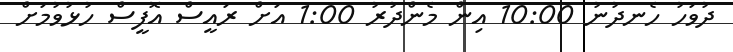
ދުވަހު ހެނދުނު 10:00 އިން މެންދުރު 1:00 އަށް ރައީސް އޮފީސް ހުޅުވުމަށް